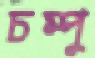
চম্পু